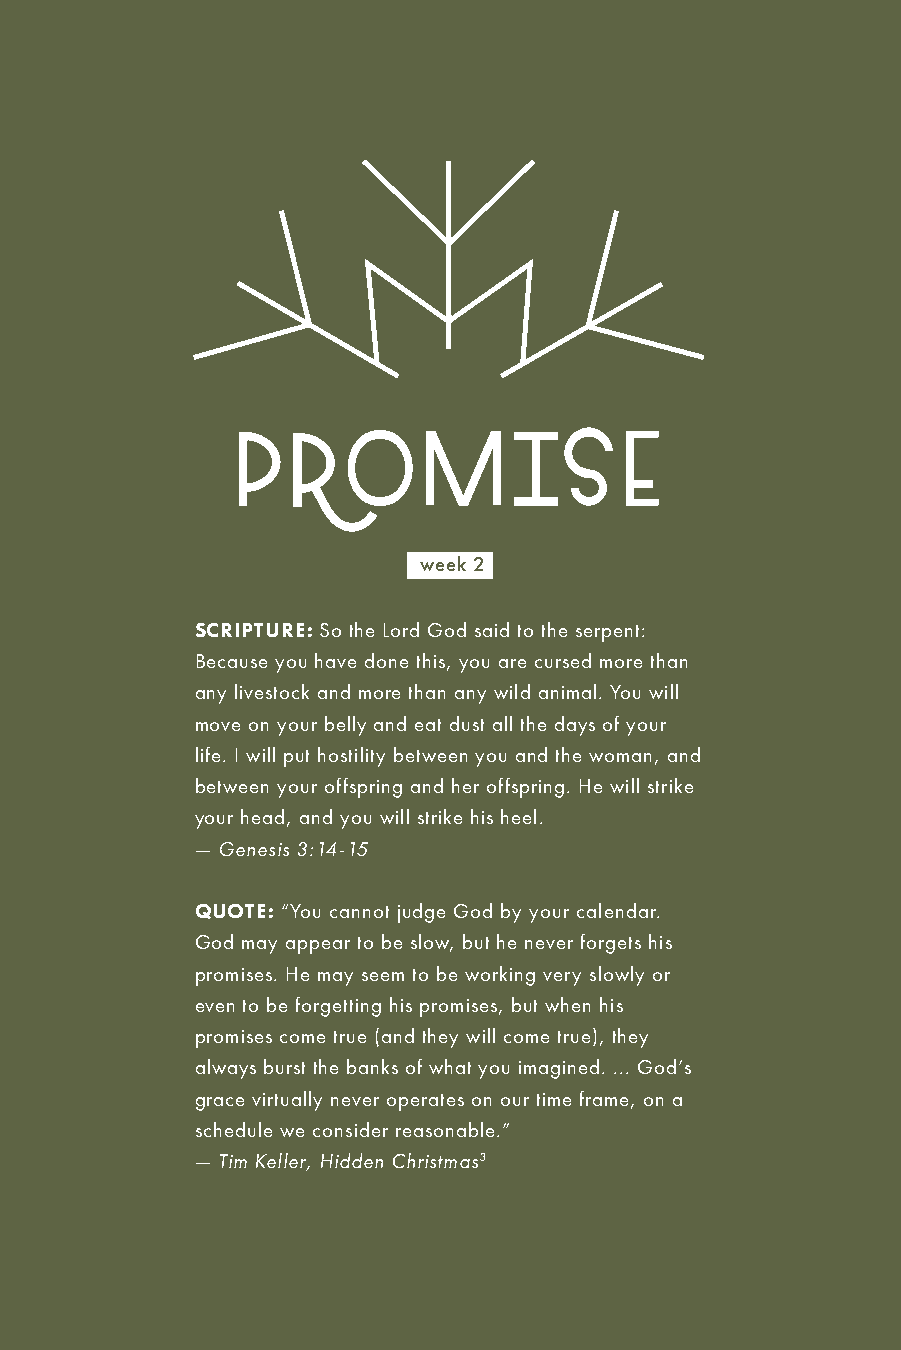
PROMISE
 week 2
 SCRIPTURE: So the Lord God said to the serpent:
 Because you have done this, you are cursed more than
 any livestock and more than any wild animal. You will
 move on your belly and eat dust all the days of your
 life. I will put hostility between you and the woman, and
 between your offspring and her offspring. He will strike
 your head, and you will strike his heel.
 — Genesis 3:14-15
 QUOTE: “You cannot judge God by your calendar.
 God may appear to be slow, but he never forgets his
 promises. He may seem to be working very slowly or
 even to be forgetting his promises, but when his
 promises come true (and they will come true), they
 always burst the banks of what you imagined. ... God’s
 grace virtually never operates on our time frame, on a
 schedule we consider reasonable.”
 — Tim Keller, Hidden Christmas3